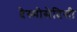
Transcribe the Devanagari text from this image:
देस्मोसेदिसी